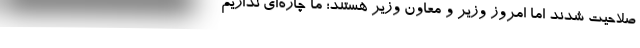
صلاحیت شدند اما امروز وزیر و معاون وزیر هستند؛ ما چاره‌‌ای نداریم